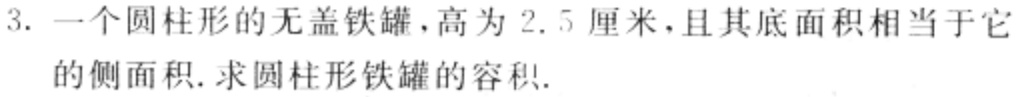
3. 一个圆柱形的无盖铁罐，高为$2.5$厘米，且其底面积相当于它的侧面积. 求圆柱形铁罐的容积.